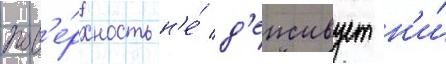
пов'е́рхность н'е́ д'еиствует н'и́